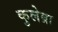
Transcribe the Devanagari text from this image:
कुलेब्रा